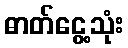
ဓာတ်ငွေ့သုံး